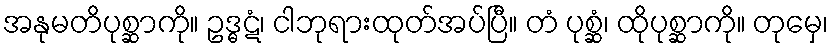
အနုမတိပုစ္ဆာကို။ ဥဒ္ဓဋံ၊ ငါဘုရားထုတ်အပ်ပြီ။ တံ ပုစ္ဆံ၊ ထိုပုစ္ဆာကို။ တုမှေ၊